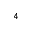
^ { 4 }